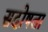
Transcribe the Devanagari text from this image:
सदोषता